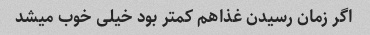
اگر زمان رسیدن غذاهم کمتر بود خیلی خوب میشد